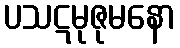
ပသဋမုဇုမနော